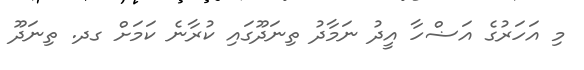
މި އަހަރުގެ އަޟްހާ އީދު ނަމާދު ތިނަދޫގައި ކުރާނެ ކަމަށް ގދ. ތިނަދޫ